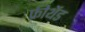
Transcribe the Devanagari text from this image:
फ्रीथेंड